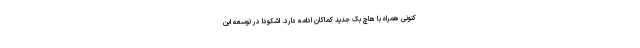
کنونی همراه با هاچ بک جدید کماکان ادامه دارد. اشکودا در توسعه این